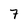
Character: 7